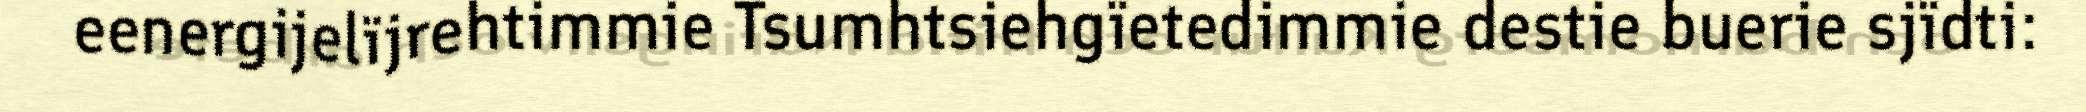
eenergijelïjrehtimmie Tsumhtsiehgïetedimmie destie buerie sjïdti: